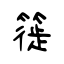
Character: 簁